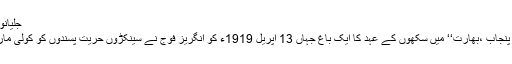
جلیانوالہ باغ - ویکیپیڈیا
امرتسر ’’ مشرقی پنجاب ،بھارت‘‘ میں سکھوں کے عہد کا ایک باغ جہاں 13 اپریل 1919ء کو انگریز فوج نے سینکڑوں حریت پسندوں کو کولی مار کر ہلاک کر دیا۔